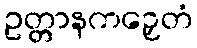
ဥတ္တာနကဉှေတံ